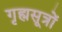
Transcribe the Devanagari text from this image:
गृह्मसूत्रों